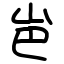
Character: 岜